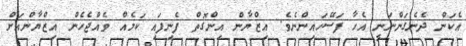
އެކަން ދެނެގަންނަނީ އެހާ ފަސޭހައިންނެވެ. އިޒްޔާން އިންގޮތް ފެނިފައި ކަމެއް ވެއްޖެހެން އިޒްޔާންއަށް